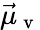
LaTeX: \vec{\mu}_{\mathrm{~v~}}